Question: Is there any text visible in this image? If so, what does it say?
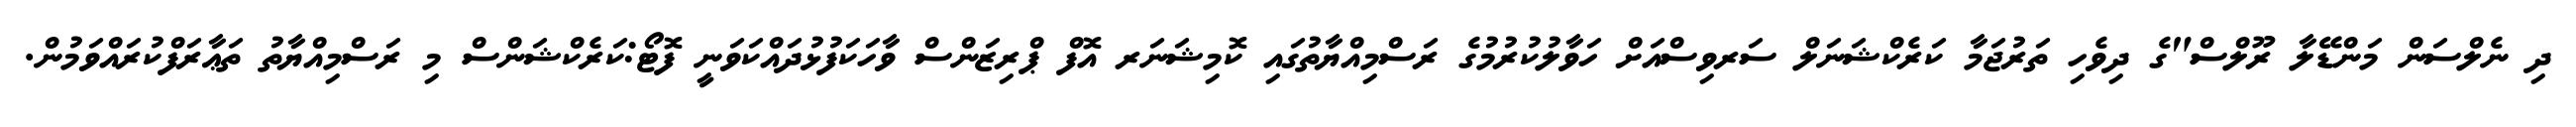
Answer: ދި ނެލްސަން މަންޑޭލާ ރޫލްސް"ގެ ދިވެހި ތަރުޖަމާ ކަރެކްޝަނަލް ސަރވިސްއަށް ހަވާލުކުރުމުގެ ރަސްމިއްޔާތުގައި ކޮމިޝަނަރ އޮފް ޕްރިޒަންސް ވާހަކަފުޅުދައްކަވަނީ ފޮޓޯ:ކަރެކްޝަންސް މި ރަސްމިއްޔާތު ތަޢާރަފްކުރައްވަމުން.